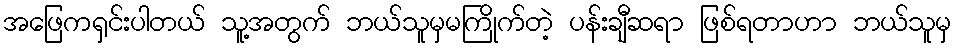
အဖြေကရှင်းပါတယ် သူ့အတွက် ဘယ်သူမှမကြိုက်တဲ့ ပန်းချီဆရာ ဖြစ်ရတာဟာ ဘယ်သူမှ